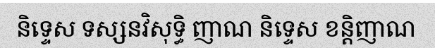
និទ្ទេស ទស្សនវិសុទ្ធិ ញាណ និទ្ទេស ខន្តិញាណ